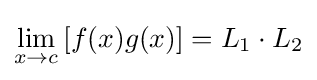
\lim _{x\to c}\,[f(x)g(x)]=L_{1}\cdot L_{2}